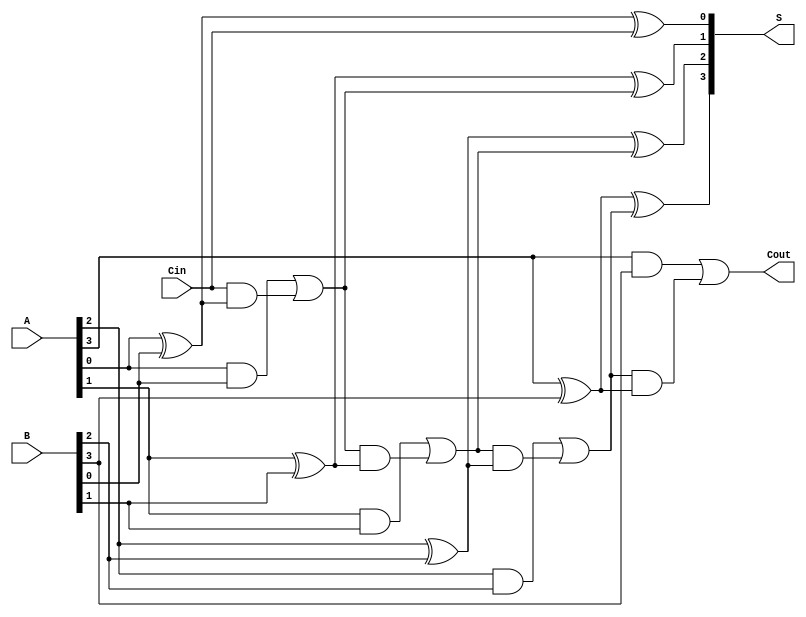
module ParallelFullAdder #(parameter n = 4) (
    input  [n-1:0] A,      // First multi-bit binary number
    input  [n-1:0] B,      // Second multi-bit binary number
    input         Cin,      // Carry-in for the least significant bit
    output [n-1:0] S,      // Sum output
    output        Cout      // Carry-out output
);

    wire [n:0] carry; // Carry wires for each bit, carry[n] is Cout

    // Assign the initial carry-in
    assign carry[0] = Cin;

    // Generate the full adder logic for each bit
    genvar i;
    generate
        for (i = 0; i < n; i = i + 1) begin : full_adder
            // Sum output for the i-th bit
            assign S[i] = A[i] ^ B[i] ^ carry[i];

            // Carry output for the i-th bit
            assign carry[i + 1] = (A[i] & B[i]) | (carry[i] & (A[i] ^ B[i]));
        end
    endgenerate

    // Final carry-out
    assign Cout = carry[n];

endmodule